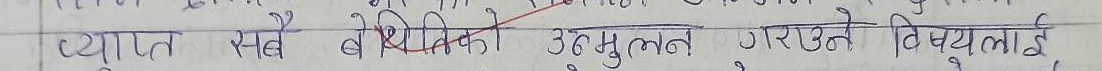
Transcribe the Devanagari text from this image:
व्यक्तिगत सबै बेथितिको उन्मुलन गराउने विषयलाई